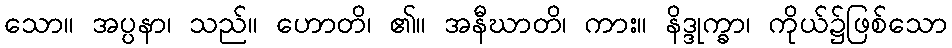
သော။ အပ္ပနာ၊ သည်။ ဟောတိ၊ ၏။ အနီဃာတိ၊ ကား။ နိဒ္ဒုက္ခာ၊ ကိုယ်၌ဖြစ်သော